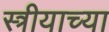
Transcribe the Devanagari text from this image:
स्त्रीयाच्या